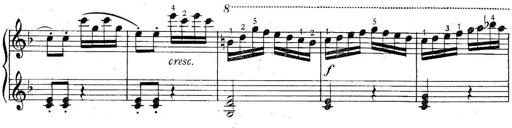
Title: 6 Easy Sonatinas
Composer: Carl Czerny